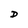
Character: D